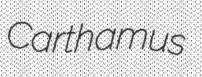
Carthamus